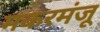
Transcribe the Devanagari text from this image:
मकरमंजू